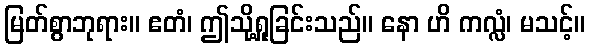
မြတ်စွာဘုရား။ ဧတံ၊ ဤသို့ရှုခြင်းသည်။ နော ဟိ ကလ္လံ၊ မသင့်။